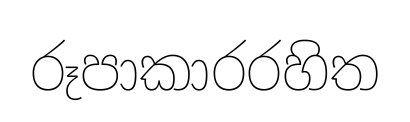
රූපාකාරරහිත